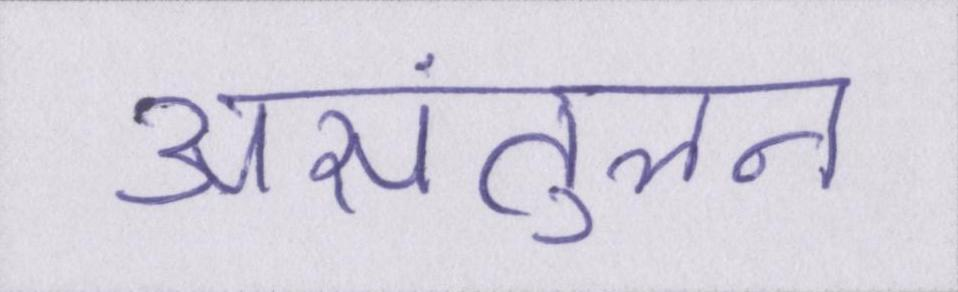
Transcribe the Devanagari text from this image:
असंतुलन